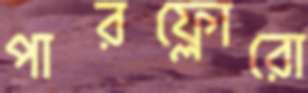
পারফ্লোরো